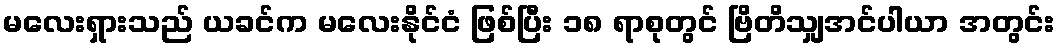
မလေးရှားသည် ယခင်က မလေးနိုင်ငံ ဖြစ်ပြီး ၁၈ ရာစုတွင် ဗြိတိသျှအင်ပါယာ အတွင်း